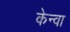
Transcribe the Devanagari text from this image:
केन्वा